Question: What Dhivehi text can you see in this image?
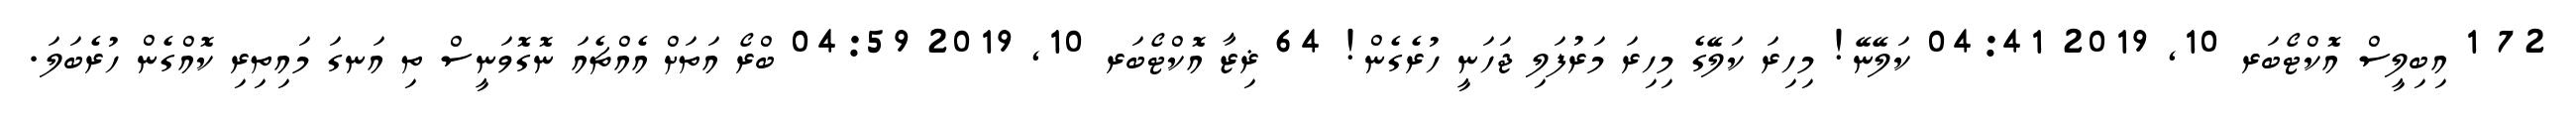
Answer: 72 1 އިބިލީސް އޮކްޓޯބަރ 10, 2019 04:41 ކަލޭނޭ! މިހިރަ ކަލޭގެ މިހިރަ މަރުފަލި ޖަހަނީ ހުރެގެން! 64 ޜިޒާ އޮކްޓޯބަރ 10, 2019 04:59 ބްރޯ އަތަށް އެއްޗެއަ ނޮގޮވަނީސް ތި އަނގަ މައިތިރި ކޮއްގެން ހުރެބަލަ.